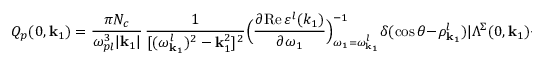
Q _ { p } ( 0 , { \bf k } _ { 1 } ) = \frac { \pi N _ { c } } { \omega _ { p l } ^ { 3 } \vert { \bf k } _ { 1 } \vert } \, \frac { 1 } { [ ( \omega _ { { \bf k } _ { 1 } } ^ { l } ) ^ { 2 } - { \bf k } _ { 1 } ^ { 2 } ] ^ { 2 } } \Big ( \frac { \partial \mathrm { R e } \, \varepsilon ^ { l } ( k _ { 1 } ) } { \partial \omega _ { 1 } } \Big ) _ { \omega _ { 1 } = \omega _ { { \bf k } _ { 1 } } ^ { l } } ^ { - 1 } \delta ( \cos \theta - \rho _ { { \bf k } _ { 1 } } ^ { l } ) \vert \Lambda ^ { \Sigma } ( 0 , { \bf k } _ { 1 } ) + \Lambda ^ { S } ( 0 , { \bf k } _ { 1 } ) \vert ^ { 2 } ,